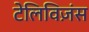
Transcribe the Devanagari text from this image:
टेलिविज़ंस